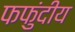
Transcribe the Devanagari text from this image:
फफुंदीय